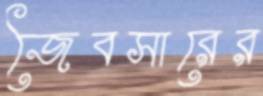
জৈবসারের